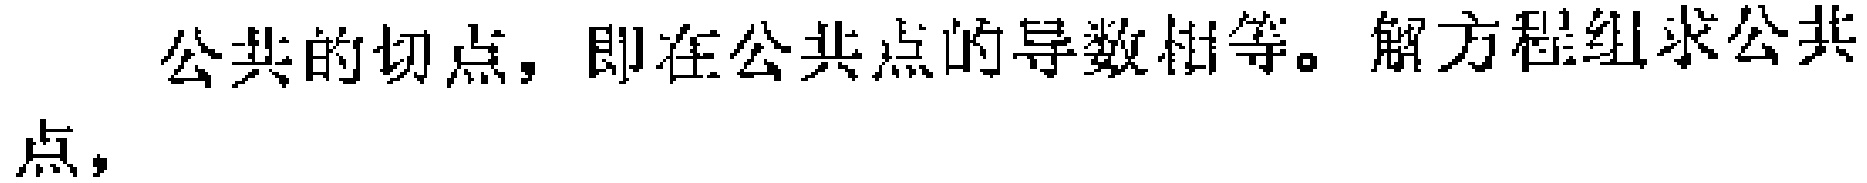
公共的切点，即在公共点的导数相等。解方程组求公共点，